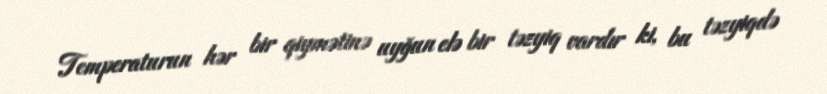
Temperaturun hər bir qiymətinə uyğun elə bir təzyiq vardır ki, bu təzyiqdə